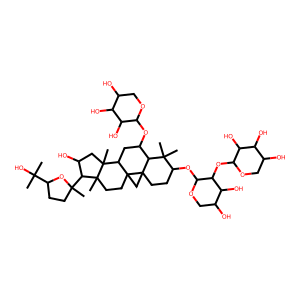
SMILES: CC(C)(O)C1CCC(C)(C2C(O)CC3(C)C4CC(OC5OCC(O)C(O)C5O)C5C(C)(C)C(OC6OCC(O)C(O)C6OC6OCC(O)C(O)C6O)CCC56CC46CCC23C)O1
Inhibits HIV replication: No